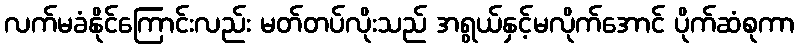
လက်မခံနိုင်ကြောင်းလည်း မတ်တပ်လိုးသည် အရွယ်နှင့်မလိုက်အောင် ပိုက်ဆံစုကာ